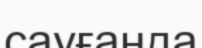
сауғанда